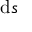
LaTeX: \operatorname { d } \! s